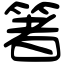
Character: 箸